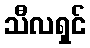
သီလရှင်